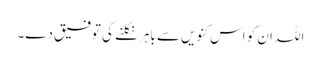
اللہ ان کو اس کنویں سے باہر نکلنے کی توفیق دے۔